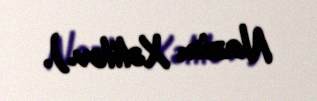
Nazim Xəlilov.).